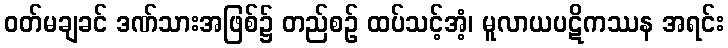
ဝတ်မချခင် ဒဏ်သားအဖြစ်၌ တည်စဉ် ထပ်သင့်အံ့၊ မူလာယပဋိကဿန အရင်း